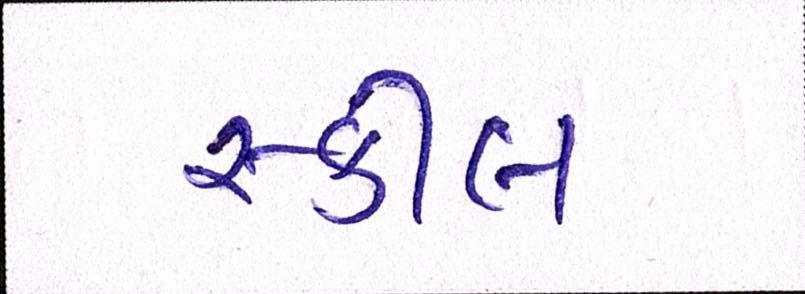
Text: સ્કીલ